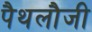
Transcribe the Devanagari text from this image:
पैथलौजी